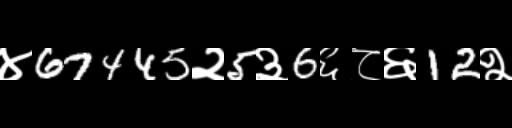
Text: ४67445२5३6६८६12२